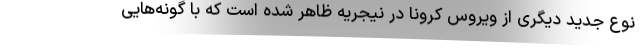
نوع جدید دیگری از ویروس کرونا در نیجریه ظاهر شده است که با گونه‌هایی